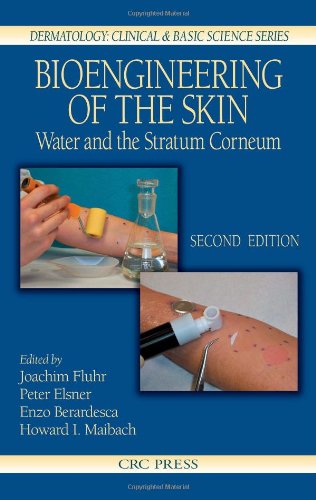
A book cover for Bioengineering of the Skin: Water and the Stratum Corneum, 2nd Edition (Dermatology: Clinical & Basic Science); Medical Books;